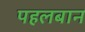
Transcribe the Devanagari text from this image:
पहलबान